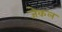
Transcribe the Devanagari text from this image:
जेकल